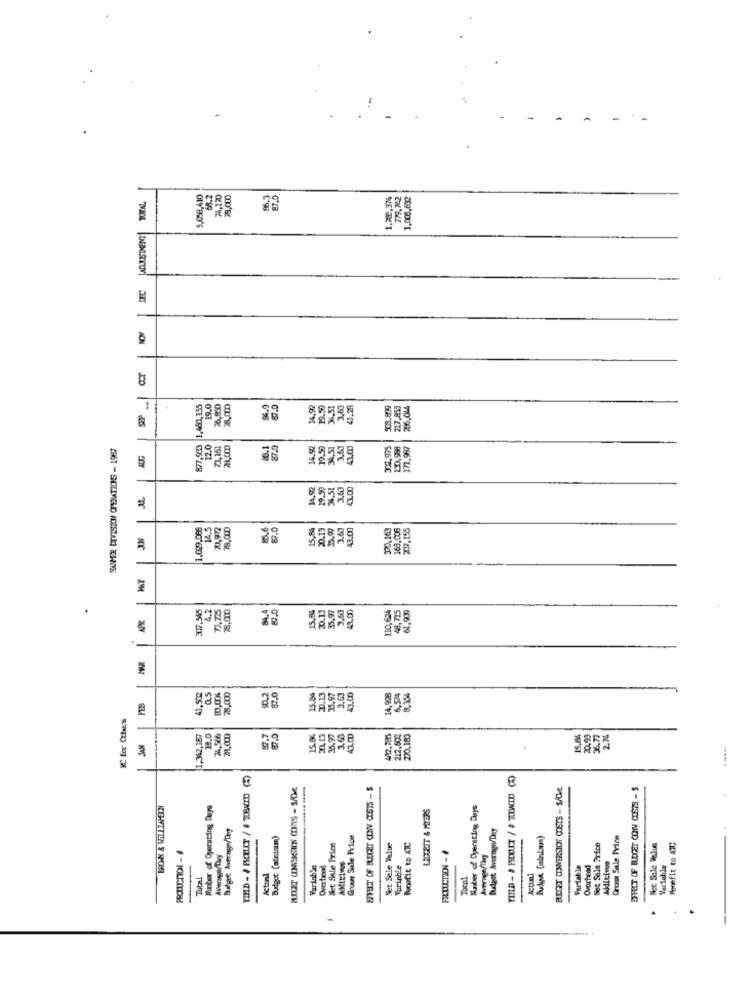
-
-
5.058,410
68.2
24,170
8,000
87.0
1.785,374
779,742
1,005,632
ADJUSTMENT| TOTAL,
LEC
NON
cor
877,963 1,460,355
19.0
26,850
28.0m
14,92
19.50
908.899
26.
HANPER DIVISION OPERATIONS - 1967
12.0
73,161
20,000
88.1
87.0
14.92
19.59
3,63
1.00
302.975
130,998
171,987
19.50
3,63
3.00
1.029,086
14.5
0,972
78,000
15,8%
20.13
15.97
43.00
370,163
163,008
2009.155
J.M
307.545
4.2
73,725
78,000
15.84
20.13
35.97
9.63
41.00
110,624
8,715
61,909
3.69
41.00
14,928
6,574
0.5
83.00%
78,000
JAM FEB
RC for Cthes
87.0
35.97
3.63
1,342,187
74,566
15.3%
212.602
200.183
15.84
20.93
36.7
2.74
JAN
MOST COMASKSICK COMIS - SOME
EFFECT OF BUDGET CONV COSTS -$
BUDGET CONVERSION COSTS . S/CMt.
EFFECT OF BUDGET CONV COSTS - $
BRON & WILLTAON
Wurber of Operating Days
LIGGEIT & MIERS
Maber of Operating Days
Balget Average/Dey
Budget (afram)
Grown Sule Price
Budwe (aindauma)
Groas Sale Price
Bet Sale Price
Net Sete Value
Bootit to ATC
Nec Sale Price
Net Sole Value
Benefit to ATC
Average/Tary
Variable
Overtinad
Forinble
Variable
Overhead
Additives
Variable
Total
Actunl
Total
Action]
-
.